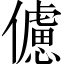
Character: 儢